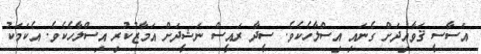
އަސާސީ ޤަވާއިދަށް ގެނައި އިސްލާހެކެވެ. ސީދާ ރައީސް ނަޝީދަށް އަމާޒުކުރި އިސްލާހެކެވެ. އެކަމަކު